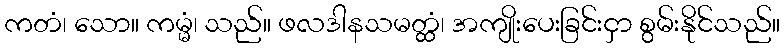
ကတံ၊ သော။ ကမ္မံ၊ သည်။ ဖလဒါနသမတ္ထံ၊ အကျိုးပေးခြင်းငှာ စွမ်းနိုင်သည်။